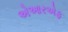
એઆરએફ